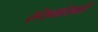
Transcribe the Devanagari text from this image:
संख्यांसाठी